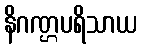
နိဂဏ္ဌပရိသာယ